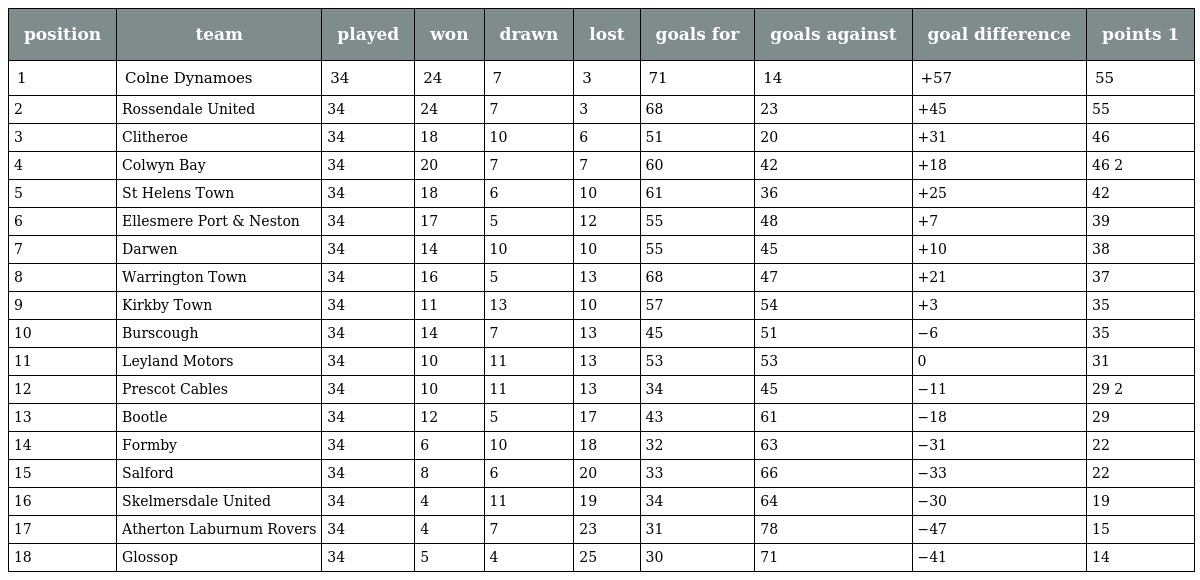
| position | team | played | won | drawn | lost | goals for | goals against | goal difference | points 1 |
 | --- | --- | --- | --- | --- | --- | --- | --- | --- | --- |
 | 1 | Colne Dynamoes | 34 | 24 | 7 | 3 | 71 | 14 | +57 | 55 |
 | 2 | Rossendale United | 34 | 24 | 7 | 3 | 68 | 23 | +45 | 55 |
 | 3 | Clitheroe | 34 | 18 | 10 | 6 | 51 | 20 | +31 | 46 |
 | 4 | Colwyn Bay | 34 | 20 | 7 | 7 | 60 | 42 | +18 | 46 2 |
 | 5 | St Helens Town | 34 | 18 | 6 | 10 | 61 | 36 | +25 | 42 |
 | 6 | Ellesmere Port & Neston | 34 | 17 | 5 | 12 | 55 | 48 | +7 | 39 |
 | 7 | Darwen | 34 | 14 | 10 | 10 | 55 | 45 | +10 | 38 |
 | 8 | Warrington Town | 34 | 16 | 5 | 13 | 68 | 47 | +21 | 37 |
 | 9 | Kirkby Town | 34 | 11 | 13 | 10 | 57 | 54 | +3 | 35 |
 | 10 | Burscough | 34 | 14 | 7 | 13 | 45 | 51 | −6 | 35 |
 | 11 | Leyland Motors | 34 | 10 | 11 | 13 | 53 | 53 | 0 | 31 |
 | 12 | Prescot Cables | 34 | 10 | 11 | 13 | 34 | 45 | −11 | 29 2 |
 | 13 | Bootle | 34 | 12 | 5 | 17 | 43 | 61 | −18 | 29 |
 | 14 | Formby | 34 | 6 | 10 | 18 | 32 | 63 | −31 | 22 |
 | 15 | Salford | 34 | 8 | 6 | 20 | 33 | 66 | −33 | 22 |
 | 16 | Skelmersdale United | 34 | 4 | 11 | 19 | 34 | 64 | −30 | 19 |
 | 17 | Atherton Laburnum Rovers | 34 | 4 | 7 | 23 | 31 | 78 | −47 | 15 |
 | 18 | Glossop | 34 | 5 | 4 | 25 | 30 | 71 | −41 | 14 |